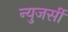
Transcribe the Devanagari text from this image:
न्युजर्सी